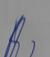
Signature authenticity: genuine